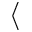
\langle